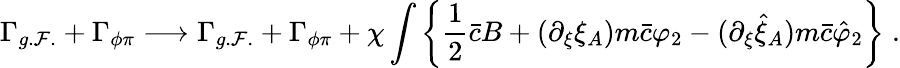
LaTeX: \Gamma_{g.\mathcal{F}.}+\Gamma_{\phi\pi}\longrightarrow\Gamma_{g.\mathcal{F}.}+\Gamma_{\phi\pi}+\chi\int\left\{ \frac{1}{2}\bar{{c}}B+(\partial_{\xi}\xi_{A})m\bar{{c}}\varphi_{2}-(\partial_{\xi}\hat{{\xi}}_{A})m\bar{{c}}\hat{{\varphi}}_{2}\right\} \; .